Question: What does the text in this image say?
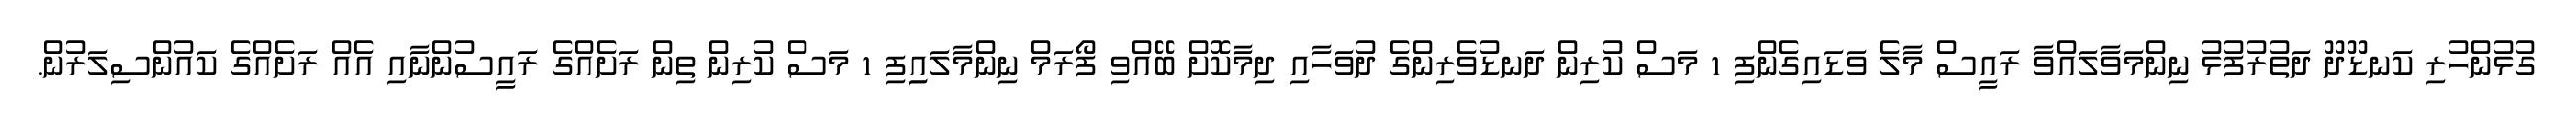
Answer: ގުޅުންހުރި ކަނޑޫދޫ ދަތުރުފުޅު ނިންމަވާލައްވާ ރައީސް މާލެ ވަޑައިގެންފި 1 މަސް ކުރިން ދަނޑުވެރިންގެ ދުވަހާއި ދިމާކޮށް ބޭއްވި ފޯރަމް ނިންމާލައިިފި 1 މަސް ކުރިން ތިން ރަށެއްގެ ރައީސުންނާއި އެއް ރަށެއްގެ ކައުންސިލަރުން.